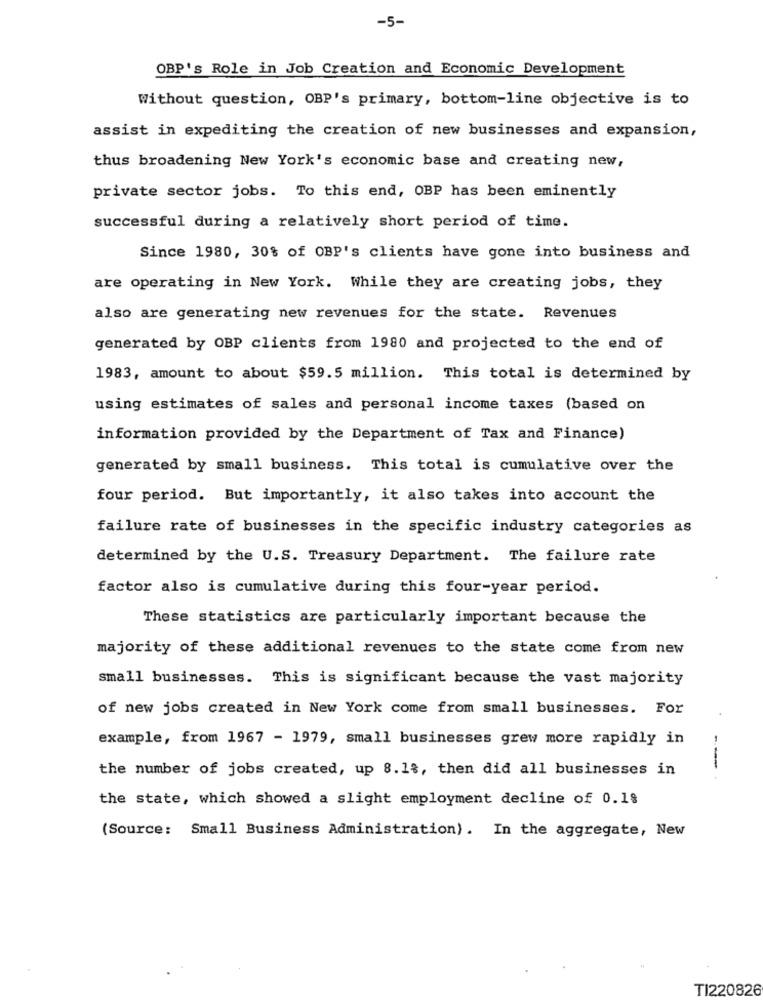
-5-
OBP's Role in Job Creation and Economic Development
Without question, OBP's primary, bottom-line objective is to
assist in expediting the creation of new businesses and expansion,
thus broadening New York's economic base and creating new,
private sector jobs. To this end, OBP has been eminently
successful during a relatively short period of time.
Since 1980, 30% of OBP's clients have gone into business and
are operating in New York. While they are creating jobs, they
also are generating new revenues for the state. Revenues
generated by OBP clients from 1980 and projected to the end of
1983, amount to about $59.5 million. This total is determined by
using estimates of sales and personal income taxes (based on
information provided by the Department of Tax and Finance)
generated by small business. This total is cumulative over the
four period. But importantly, it also takes into account the
failure rate of businesses in the specific industry categories as
determined by the U.S. Treasury Department. The failure rate
factor also is cumulative during this four-year period.
These statistics are particularly important because the
majority of these additional revenues to the state come from new
small businesses. This is significant because the vast majority
of new jobs created in New York come from small businesses. For
example, from 1967 - 1979, small businesses grew more rapidly in
the number of jobs created, up 8.18, then did all businesses in
--
the state, which showed a slight employment decline of 0.18
(Source: Small Business Administration). In the aggregate, New
TI220826